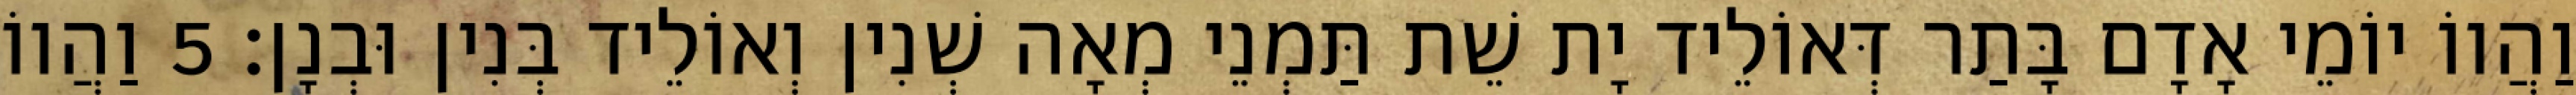
וַהֲווֹ יוֹמֵי אָדָם בָּתַר דְּאוֹלֵיד יָת שֵׁת תַּמְנֵי מְאָה שְׁנִין וְאוֹלֵיד בְּנִין וּבְנָן׃ 5 וַהֲווֹ